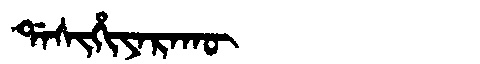
Manchu: ᡩᠠᠰᡳᡥᡳᠶᠠᡵᠠᡴᡡ
Romanization: DASIHIYARAKŪ